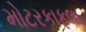
મોટરકાફલા